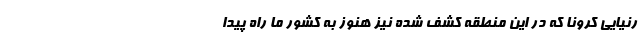
رنیایی کرونا که در این منطقه کشف شده نیز هنوز به کشور ما راه پیدا